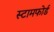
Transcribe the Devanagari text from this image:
स्टामफोर्ड